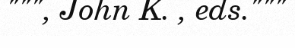
""", John K. , eds."""